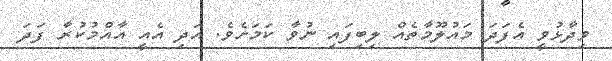
ވިދާޅުވީ އެފަދަ މައުލޫމާތެއް ލިބިފައި ނުވާ ކަމަށެވެ. އަދި އެއީ އާއްމުކުރާ ފަދަ